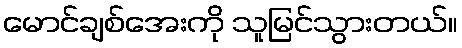
မောင်ချစ်အေးကို သူမြင်သွားတယ်။